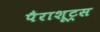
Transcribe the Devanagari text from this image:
पैराशूट्स